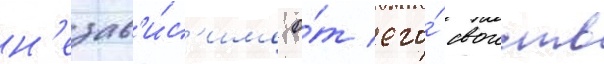
н'езав'и́с'имо о́т его́ своиств